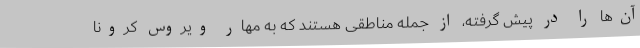
آن‌ها را در پیش گرفته، از جمله مناطقی هستند که به مهار ویروس کرونا